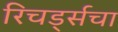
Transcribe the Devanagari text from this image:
रिचर्ड्सचा